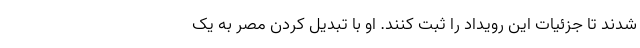
شدند تا جزئیات این رویداد را ثبت کنند. او با تبدیل کردن مصر به یک